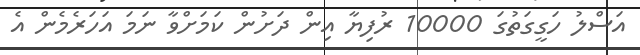
އަސްލު ހަގީގަތުގަ 10000 ރުފިޔާ އިން ދަށުން ކަމަށްވާ ނަމަ އަހަރެމެން އެ